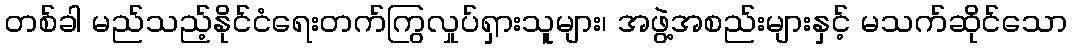
တစ်ခါ မည်သည့်နိုင်ငံရေးတက်ကြွလှုပ်ရှားသူများ၊ အဖွဲ့အစည်းများနှင့် မသက်ဆိုင်သော